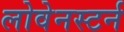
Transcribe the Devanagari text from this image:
लोवेनस्टर्न